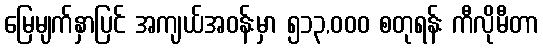
မြေမျက်နှာပြင် အကျယ်အဝန်းမှာ ၅၁၃,၀၀၀ စတုရန်း ကီလိုမီတာ